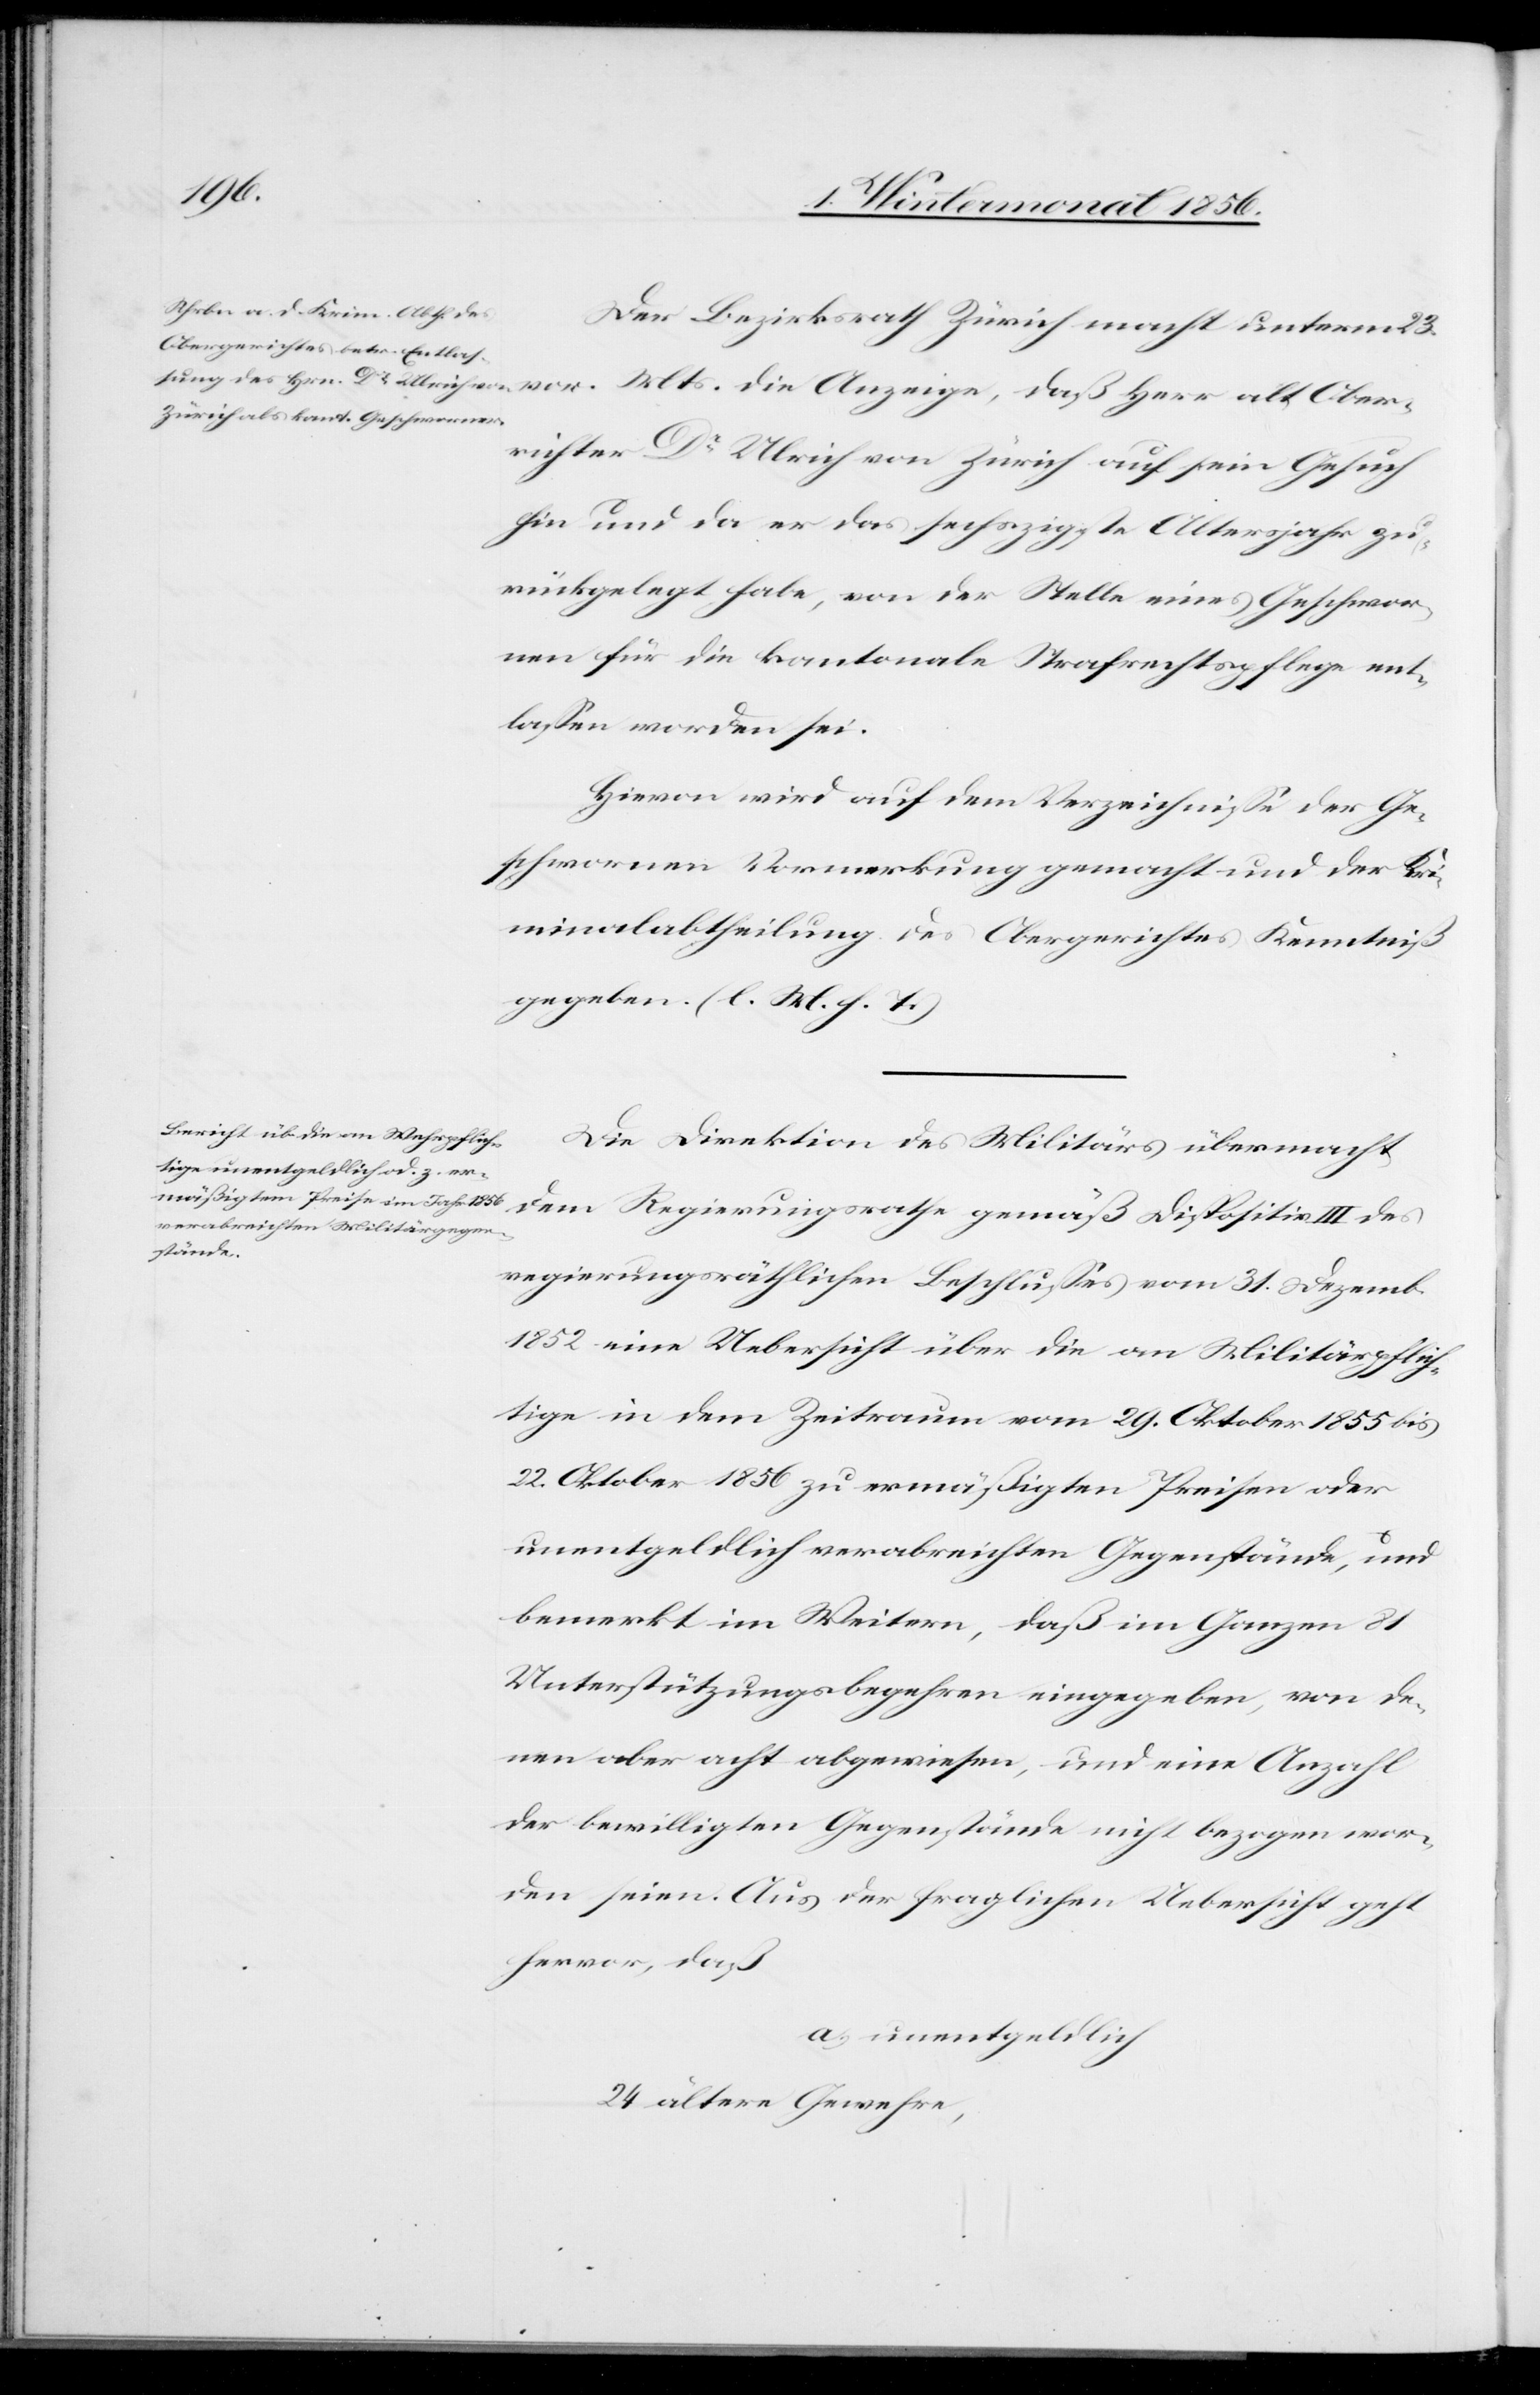
Der Bezirksrath Zürich macht unterm 23.
richter Dr Ulrich von Zürich auf sein Gesuch
hin und da er das sechszigste Altersjahr zu¬
rückgelegt habe, von der Stelle eines Geschwor¬
nen für die kantonale Strafrechtspflege ent¬
lassen worden sei.
Hievon wird auf dem Verzeichnisse der Ge¬
schwornen Vormerkung gemacht und der Kri¬
minalabtheilung des Obergerichtes Kenntniß
gegeben. (l. M. h. T.)
Die Direktion des Militärs übermacht
dem Regierungsrathe gemäß Dispositiv III des
daß Herr alt Ober¬
regierungsräthlichen Beschlusses vom 31. Dezemb.
1852 eine Uebersicht über die an Militärpflich¬
tige in dem Zeitraum vom 29. Oktober 1855 bis
22. Oktober 1856 zu ermäßigten Preisen oder
unentgeldlich verabreichten Gegenstände, und
bemerkt im Weitern, daß im Ganzen 81
Unterstützungsbegehren eingegeben, von de¬
nen aber acht abgewiesen, und eine Anzahl
der bewilligten Gegenstände nicht bezogen wor¬
den seien. Aus der fraglichen Uebersicht geht
hervor, daß
a.) unentgeldlich
24 ältere Gewehre,